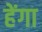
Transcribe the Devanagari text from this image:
हेंगा